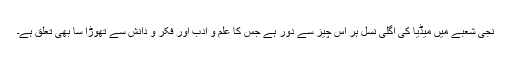
نجی شعبے میں میڈیا کی اگلی نسل ہر اُس چیز سے دُور ہے جس کا علم و ادب اور فکر و دانش سے تھوڑا سا بھی تعلق ہے۔